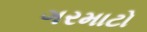
ગરમાટો